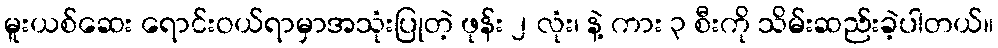
မူးယစ်ဆေး ရောင်းဝယ်ရာမှာအသုံးပြုတဲ့ ဖုန်း ၂ လုံး၊ နဲ့ ကား ၃ စီးကို သိမ်းဆည်းခဲ့ပါတယ်။